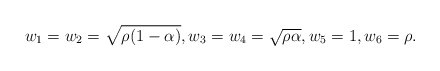
\begin{align*}w_1=w_2=\sqrt{\rho(1-\alpha)},w_3=w_4=\sqrt{\rho\alpha},w_5=1,w_6=\rho.\end{align*}